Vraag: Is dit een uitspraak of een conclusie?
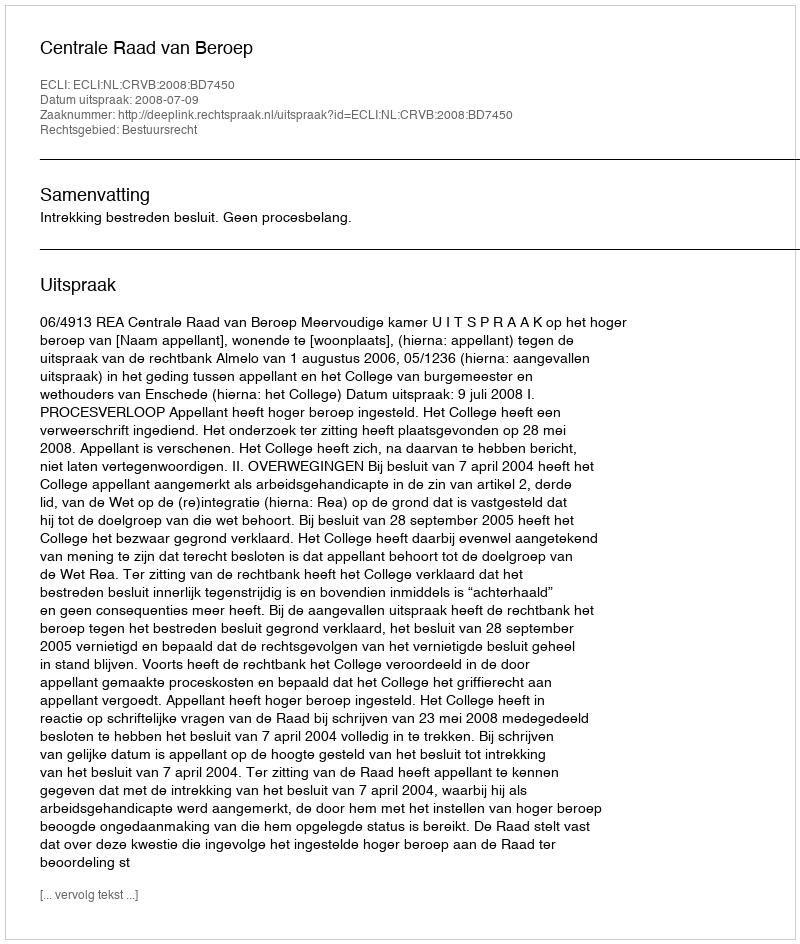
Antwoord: Uitspraak